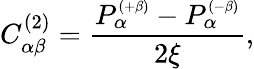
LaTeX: C_{\alpha\beta}^{(2)}=\frac{P_{\alpha}^{\scriptscriptstyle{(+\beta)}}-P_{\alpha}^{\scriptscriptstyle{(-\beta)}}}{2\xi},